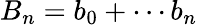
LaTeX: B_{n}=b_{0}+\cdots b_{n}